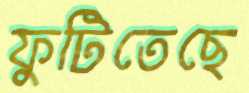
ফুটিতেছে